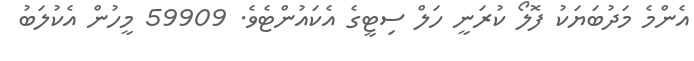
އެންމެ މަދުބަޔަކު ފޮލޯ ކުރަނީ ހަލް ސިޓީގެ އެކައުންޓެވެ. 59909 މީހުން އެކުލަބު